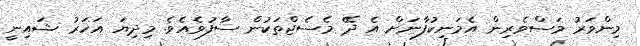
މިންވަރު މަސްވެރިން އެމަނިކުފާނަށް އެ ދޭ މެސެޖްތަކުން ސާފުވެއެވެ. މިދިޔަ އަހަރު ޝައިނީ